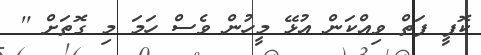
ކޮޕީ ފަތް ވިއްކަން އުޅޭ މީހުން ވެސް ހަމަ މި ގޮތަށް ''